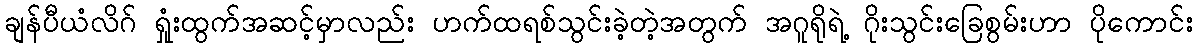
ချန်ပီယံလိဂ် ရှုံးထွက်အဆင့်မှာလည်း ဟက်ထရစ်သွင်းခဲ့တဲ့အတွက် အဂူရိုရဲ့ ဂိုးသွင်းခြေစွမ်းဟာ ပိုကောင်း